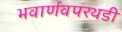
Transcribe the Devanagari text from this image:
भवार्णवपरथडी